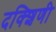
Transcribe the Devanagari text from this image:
दक्शिणी